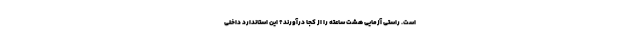
است. راستی آزمایی هشت ساعته را از کجا درآورند؟ این استاندارد داخلی